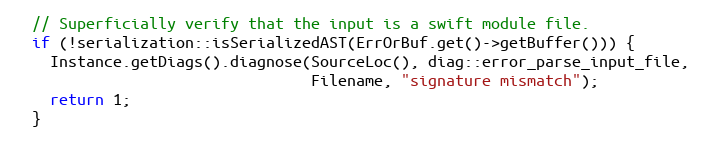
Language: C++
  // Superficially verify that the input is a swift module file.
  if (!serialization::isSerializedAST(ErrOrBuf.get()->getBuffer())) {
    Instance.getDiags().diagnose(SourceLoc(), diag::error_parse_input_file,
                                 Filename, "signature mismatch");
    return 1;
  }